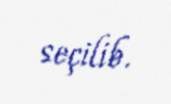
seçilib.